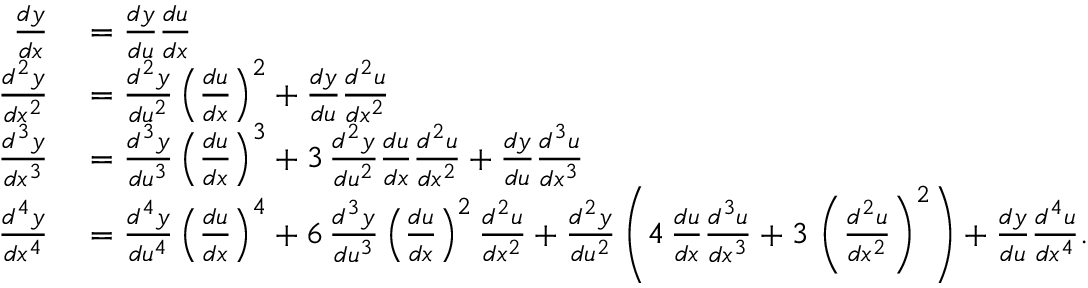
\begin{array} { r l } { { \frac { d y } { d x } } } & { { } = { \frac { d y } { d u } } { \frac { d u } { d x } } } \\ { { \frac { d ^ { 2 } y } { d x ^ { 2 } } } } & { { } = { \frac { d ^ { 2 } y } { d u ^ { 2 } } } \left( { \frac { d u } { d x } } \right) ^ { 2 } + { \frac { d y } { d u } } { \frac { d ^ { 2 } u } { d x ^ { 2 } } } } \\ { { \frac { d ^ { 3 } y } { d x ^ { 3 } } } } & { { } = { \frac { d ^ { 3 } y } { d u ^ { 3 } } } \left( { \frac { d u } { d x } } \right) ^ { 3 } + 3 \, { \frac { d ^ { 2 } y } { d u ^ { 2 } } } { \frac { d u } { d x } } { \frac { d ^ { 2 } u } { d x ^ { 2 } } } + { \frac { d y } { d u } } { \frac { d ^ { 3 } u } { d x ^ { 3 } } } } \\ { { \frac { d ^ { 4 } y } { d x ^ { 4 } } } } & { { } = { \frac { d ^ { 4 } y } { d u ^ { 4 } } } \left( { \frac { d u } { d x } } \right) ^ { 4 } + 6 \, { \frac { d ^ { 3 } y } { d u ^ { 3 } } } \left( { \frac { d u } { d x } } \right) ^ { 2 } { \frac { d ^ { 2 } u } { d x ^ { 2 } } } + { \frac { d ^ { 2 } y } { d u ^ { 2 } } } \left( 4 \, { \frac { d u } { d x } } { \frac { d ^ { 3 } u } { d x ^ { 3 } } } + 3 \, \left( { \frac { d ^ { 2 } u } { d x ^ { 2 } } } \right) ^ { 2 } \right) + { \frac { d y } { d u } } { \frac { d ^ { 4 } u } { d x ^ { 4 } } } . } \end{array}